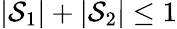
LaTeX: |\mathcal{S}_{1}|+|\mathcal{S}_{2}|\leq1